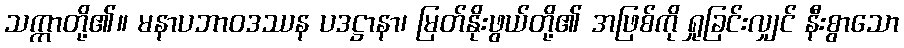
သက္ကာတို့၏။ မနာပဘာဝဒဿန ပဒဋ္ဌာနာ၊ မြတ်နိုးဖွယ်တို့၏ အဖြစ်ကို ရှုခြင်းလျှင် နီးစွာသော